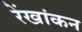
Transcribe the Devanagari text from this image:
रेंखांकन